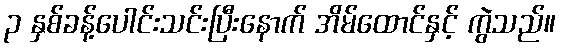
၃ နှစ်ခန့်ပေါင်းသင်းပြီးနောက် အိမ်ထောင်နှင့် ကွဲသည်။